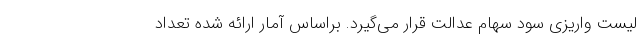
لیست واریزی سود سهام عدالت قرار می‌گیرد. براساس آمار ارائه شده تعداد